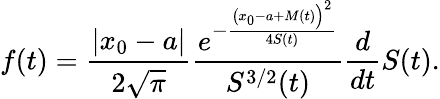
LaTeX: f(t)=\frac{|x_{0}-a|}{2\sqrt{\pi}}\frac{e^{-\frac{\big(x_{0}-a+M(t)\Big)^{2}}{4S(t)}}}{S^{3/2}(t)}\frac{d}{dt}S(t).